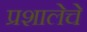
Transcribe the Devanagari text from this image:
प्रशालेचे